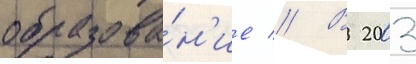
образова́н'ие // В 2003